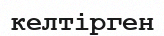
келтірген